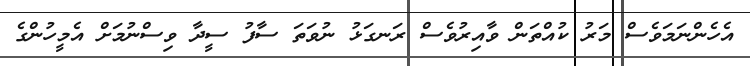
އެހެންނަމަވެސް މަރު ކުއްތަން ވާއިރުވެސް ރަނގަޅު ނުވަތަ ސާފު ސީދާ ވިސްނުމަށް އެމީހުންގެ